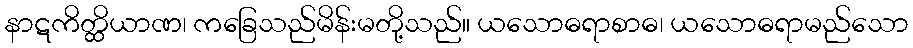
နာဋကိတ္ထိယာဏ၊ ကခြေသည်မိန်းမတို့သည်။ ယသောဓရာစာဓ၊ ယသောဓရာမည်သော